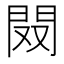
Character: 𨳦